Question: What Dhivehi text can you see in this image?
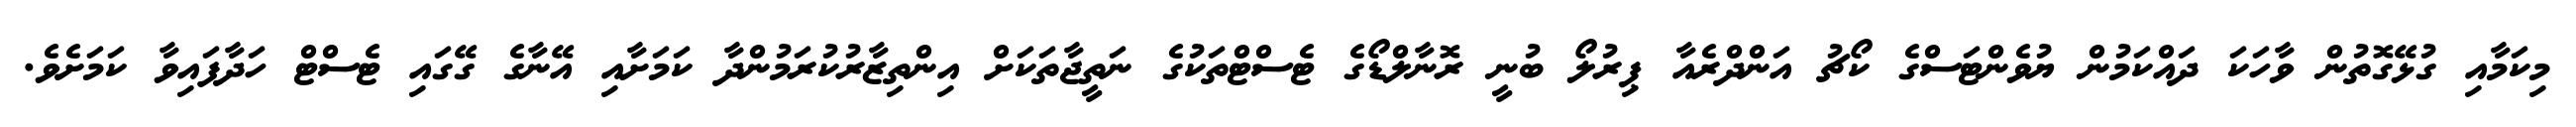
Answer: މިކަމާއި ގުޅޭގޮތުން ވާހަކަ ދައްކަމުން ޔުވެންޓަސްގެ ކޯޗު އަންދްރެއާ ޕިރުލޯ ބުނީ ރޮނާލްޑޯގެ ޓެސްޓްތަކުގެ ނަތީޖާތަކަށް އިންތިޒާރުކުރަމުންދާ ކަމަށާއި އޭނާގެ ގޭގައި ޓެސްޓް ހަދާފައިވާ ކަމަށެވެ.